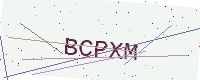
Text: BCPXM